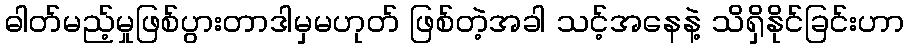
ဓါတ်မည့်မှုဖြစ်ပွားတာဒါမှမဟုတ် ဖြစ်တဲ့အခါ သင့်အနေနဲ့ သိရှိနိုင်ခြင်းဟာ